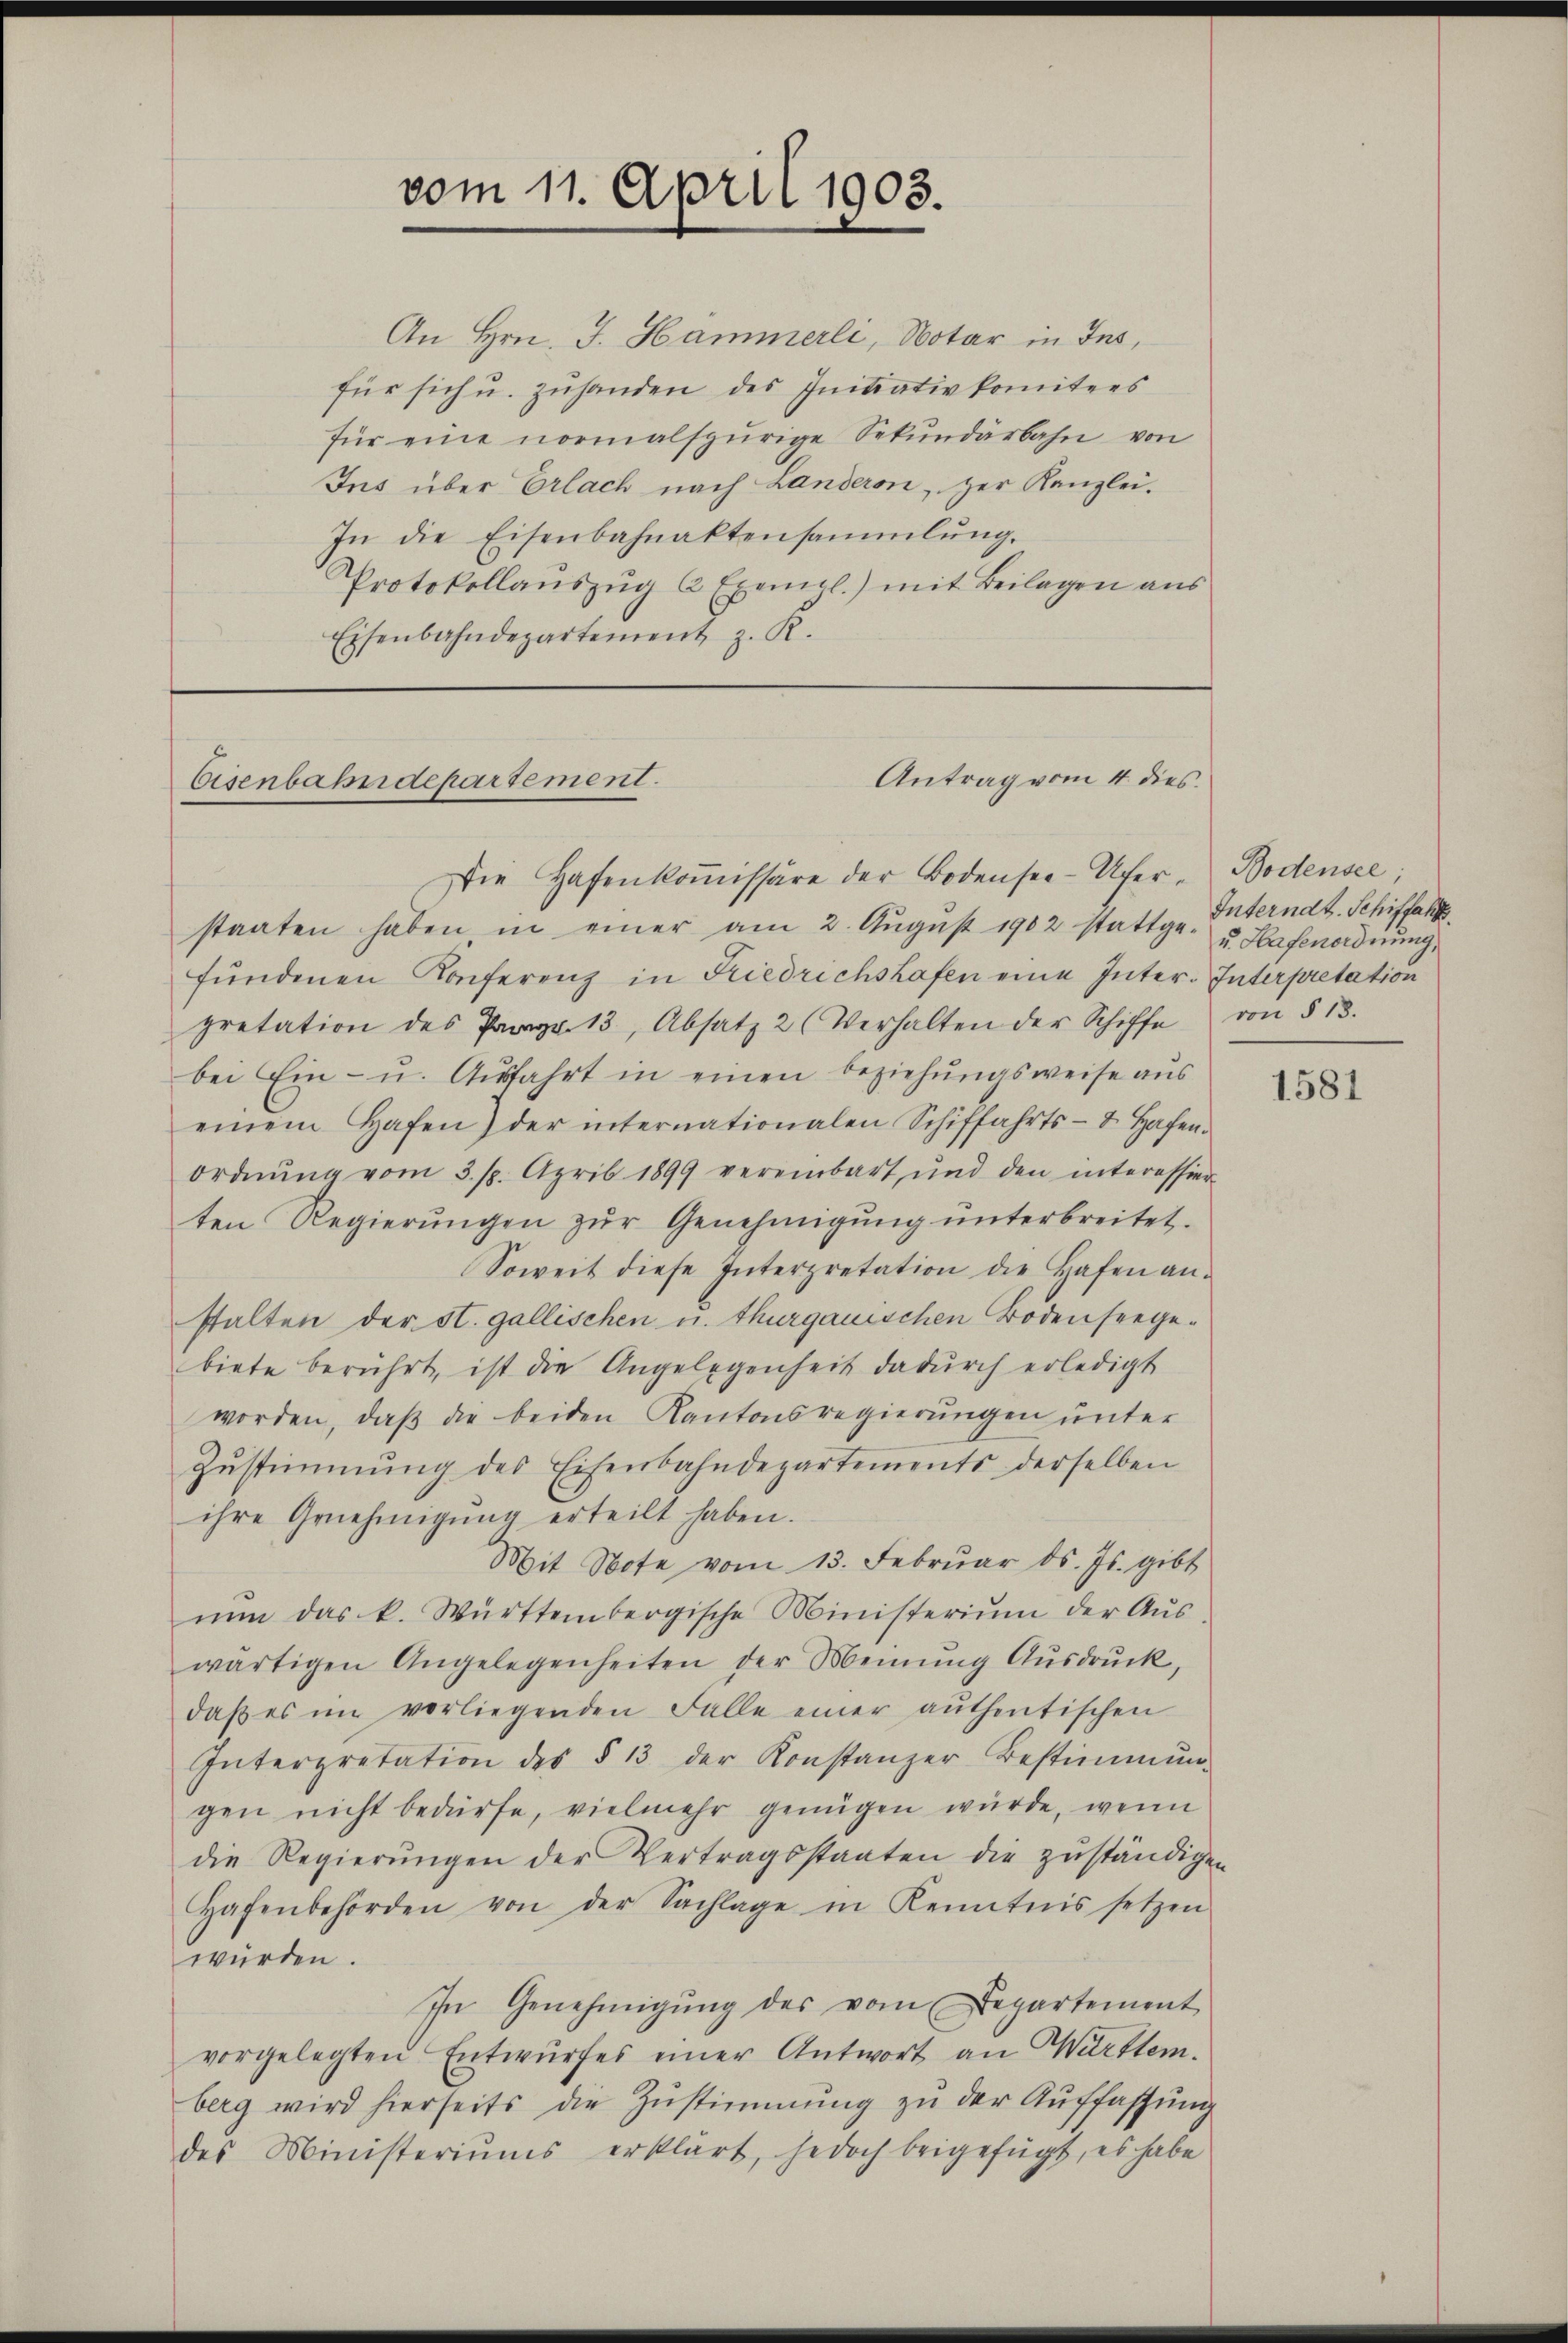
vom 11. April 1903.

An Hrn. J. Hammerli, Notar in Ins
für sich u. zuhanden des Initiativkomitees
für eine normalspurige Sekŭndarbahn von
Ins über Erlach nach Landeron, zur Kanzlei.
In die Eisenbahnaktensammlung.
Protokollaŭszŭg 2 Exempl.) mit Beilagen aus
Eisenbahndepartement z. R.

Antrag vom 4. dies.
Eisenbahndepartement.
Die Hafenkoṁissäre der Bodensee-Ufer-Bodensee,

staaten haben in einer am 2. Aŭgŭst 1902 stattge Interndt. Schiffahl
fündenen Konferenz in Friedrichshofen eine Inter. Interpretation
pretation des Prag. 13, Absatz 2 (Verhalten der Schiffe von § 13.
bei Ein- u. Aŭsfahrt in einen beziehŭngsweise aus
einem Hafen) der internationalen Schiffahrts- u. Hafen.
ordnŭng vom 3. 18. April 1899 vereinbart und den interessier
ten Regierŭngen zŭr Genehmigŭng ŭnterbreitet.
Soweit diese Interpretation die Hafen an-
stalten der st. gallischen u. thurgauischen Bodenseegebiete berührt, ist die Angelegenheit dadŭrch erledigt
worden, daß die beiden Kantonsregierungen unter
Zŭstimmung des Eisenbahndepartements derselben
ihre Genehmigŭng erteilt haben.
Mit Note vom 13. Februar d. Js. gibt
nŭn das k. Württembergische Ministerium der Aŭs-
wärtigen Angelegenheiten der Meinŭng Aŭsdrŭck,
daβ es im vorliegenden Falle einer aŭthentischen
Interpretation des § 13 der Konstanzer-Bestimmŭn-
gen nicht bedürfe, vielmehr genügen würde, wenn
die Regierŭngen der Vertragsstaaten die zŭständigen
Hafenbehörden von der Sachlage in Kenntnis setzen
würden.
In Genehmigŭng des vom Departement
vorgelegten Entwŭrfes einer Antwort an Württem.
berg wird hierseits die Zŭstimmung zŭ der Auffassung
des Ministeriums erklärt, jedoch beigefügt, es habe

u. Hafenordnung,

1581